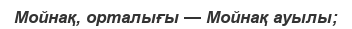
Мойнақ, орталығы — Мойнақ ауылы;